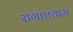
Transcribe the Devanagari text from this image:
रागाष्टयाम